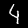
Digit: 4